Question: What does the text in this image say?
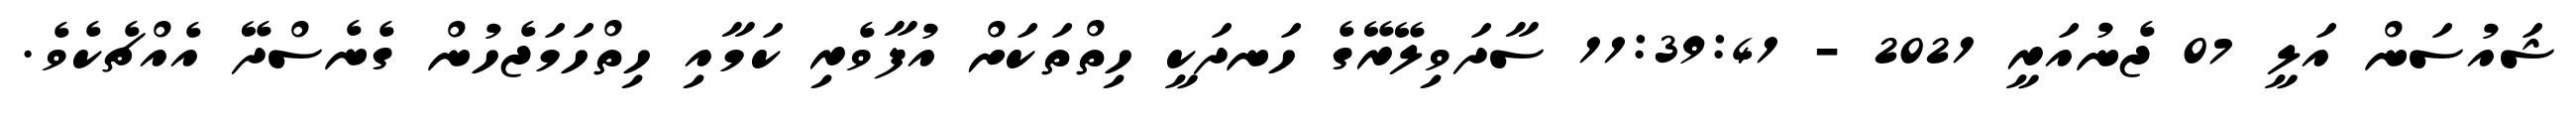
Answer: ޝައުސަން އަލީ 07 ޖެނުއަރީ 2021 - 11:39:41 ސާދަވިލޭރޭގެ ހަނދަކީ ހިތްތަކަށް އުފާވެރި ކަމާއި ހިތްހަމަޖެހުން ގެނެސްދޭ އެއްޗެކެވެ.